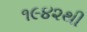
૧૯૪૨થી